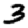
Digit: 3